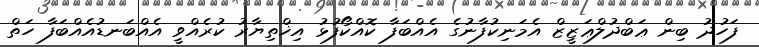
ފަހުދު ބިން ޢަބްދުލްޢަޒީޒް އެމަނިކުފާނުގެ އެއްބަފާ ކޮއްކޯފުޅު އިޚްތިޔާރު ކުރެއްވީ އެއްބަނޑުއެއްބަފާ ހަތް